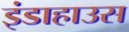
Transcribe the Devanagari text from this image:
इंडाहाउस